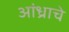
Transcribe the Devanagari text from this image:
आंध्राचे